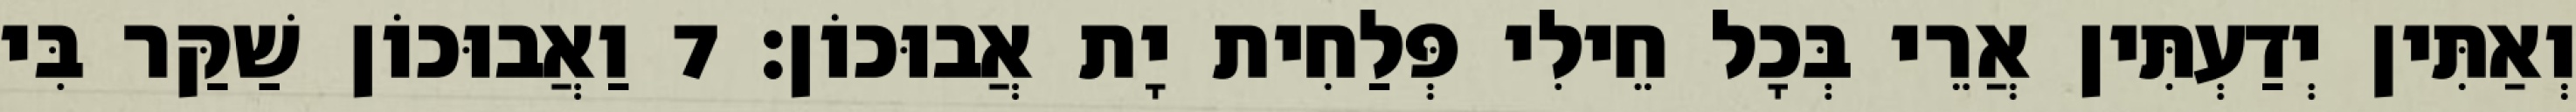
וְאַתִּין יְדַעְתִּין אֲרֵי בְּכָל חֵילִי פְּלַחִית יָת אֲבוּכוֹן׃ 7 וַאֲבוּכוֹן שַׁקַּר בִּי